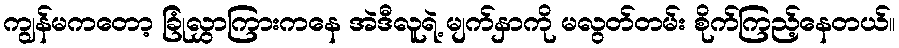
ကျွန်မကတော့ ခြုံလွှာကြားကနေ အဲဒီလူရဲ့ မျက်နှာကို မလွတ်တမ်း စိုက်ကြည့်နေတယ်။